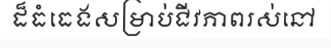
ដ៏ធំធេងសម្រាប់ជីវភាពរស់នៅ